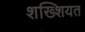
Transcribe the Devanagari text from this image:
शख्शियत